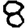
Digit: 8